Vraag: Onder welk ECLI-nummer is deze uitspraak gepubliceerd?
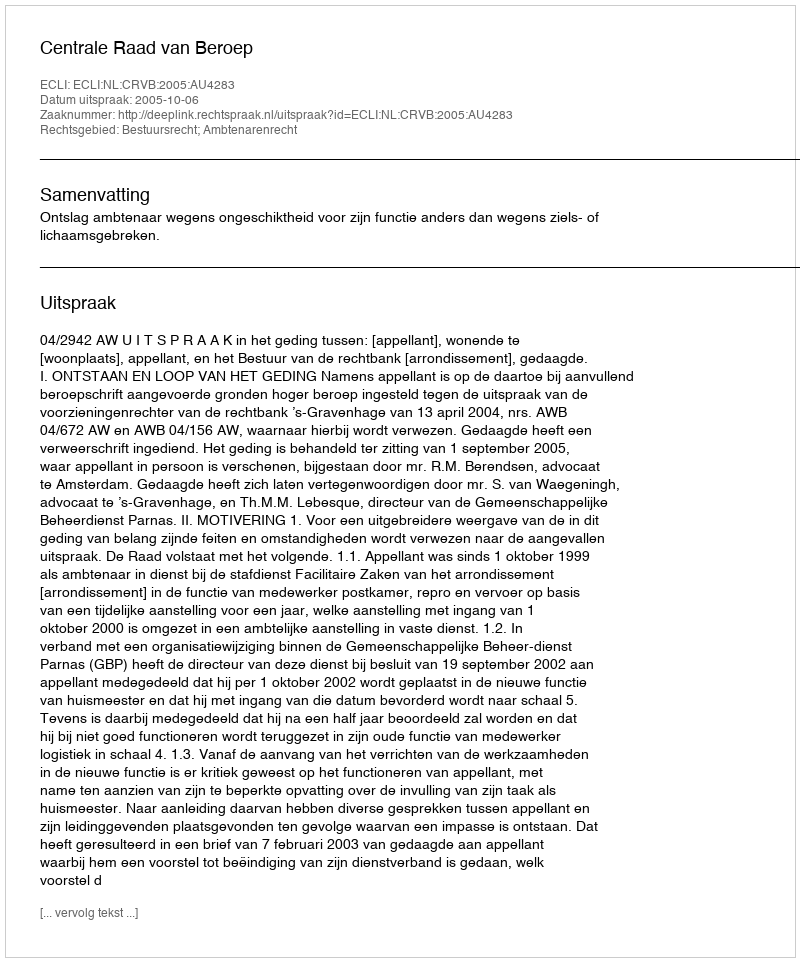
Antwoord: ECLI:NL:CRVB:2005:AU4283